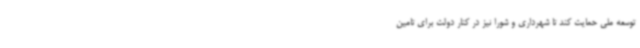
توسعه ملی حمایت کند تا شهرداری و شورا نیز در کنار دولت برای تامین